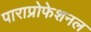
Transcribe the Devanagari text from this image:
पाराप्रोफेशनल